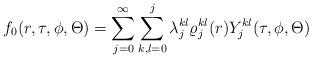
LaTeX: \begin{align*}f_0(r,\tau ,\phi ,\Theta)=\sum\limits_{j=0}^\infty\sum\limits_{k,l=0}^j\lambda^{kl}_j\varrho^{kl}_j(r)Y^{kl}_j(\tau, \phi ,\Theta )\end{align*}